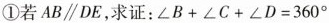
①若AB\parallel DE，求证：$$∠ B + ∠ C + ∠ D = 3 6 0 °$$